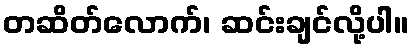
တဆိတ်လောက်၊ ဆင်းချင်လို့ပါ။